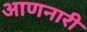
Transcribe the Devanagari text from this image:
आणनारी